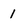
Character: 1